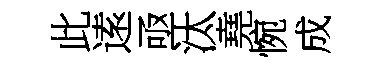
此逺亟汰堯惋成